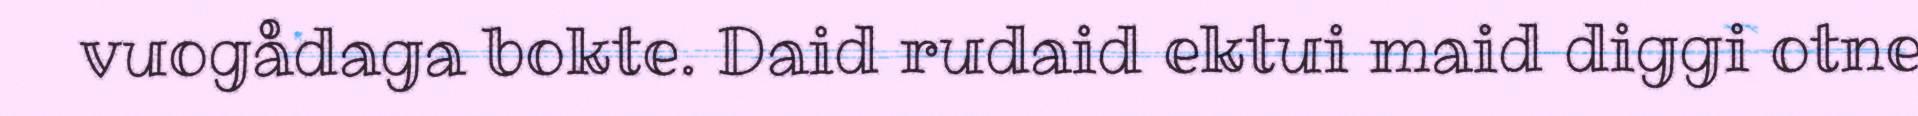
vuogådaga bokte. Daid rudaid ektui maid diggi otne